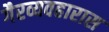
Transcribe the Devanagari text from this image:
गैरव्यवहारास